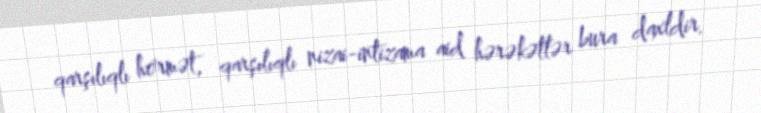
qarşılıqlı hörmət, qarşılıqlı nizai-intizama aid hərəkətlər bura daxldir.